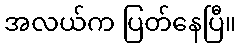
အလယ်က ပြတ်နေပြီ။